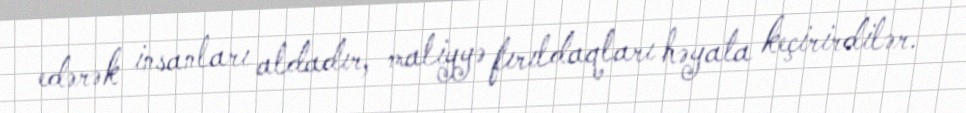
edərək insanları aldadır, maliyyə fırıldaqları həyata keçirirdilər.